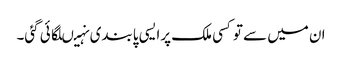
ان میں سے توکسی ملک پرایسی پابندی نہیںلگائی گئی۔